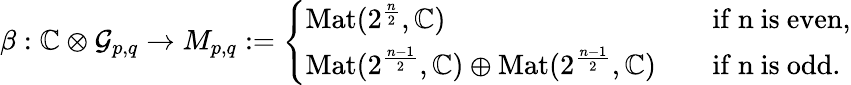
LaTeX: \begin{array}{r}{\beta:\mathbb{C}\otimes\mathcal{G}_{p,q}\to M_{p,q}:=\left\lbrace\begin{array}{ll}{\mathrm{Mat}(2^{\frac{n}{2}},\mathbb{C})}&{\quad\mathrm{if~n~is~even},}\\ {\mathrm{Mat}(2^{\frac{n-1}{2}},\mathbb{C})\oplus\mathrm{Mat}(2^{\frac{n-1}{2}},\mathbb{C})}&{\quad\mathrm{if~n~is~odd}.}\end{array}\right.}\end{array}